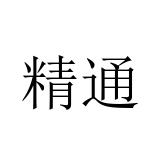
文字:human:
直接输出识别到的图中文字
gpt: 精通